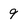
Character: 9